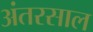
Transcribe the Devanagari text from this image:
अंतरसाल